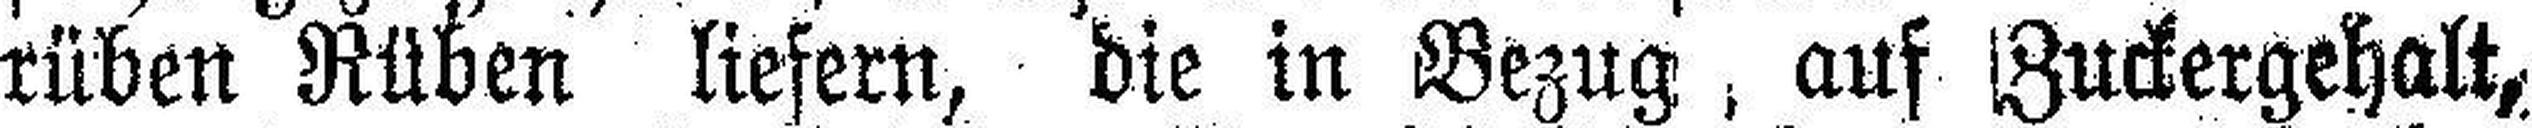
rüben Rüben liefern, die in Bezug auf Zuckergehalt,